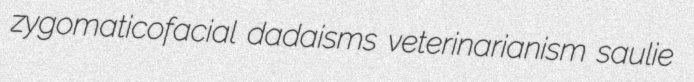
zygomaticofacial dadaisms veterinarianism saulie